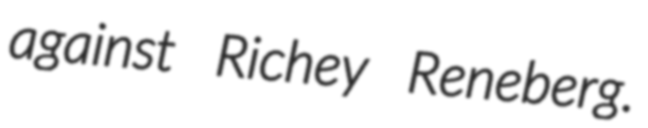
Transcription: against Richey Reneberg.